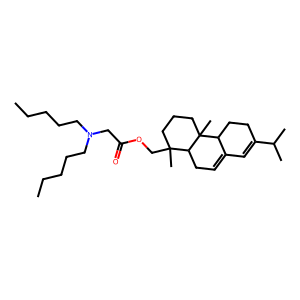
SMILES: CCCCCN(CCCCC)CC(=O)OCC1(C)CCCC2(C)C3CCC(C(C)C)=CC3=CCC12
Inhibits HIV replication: No